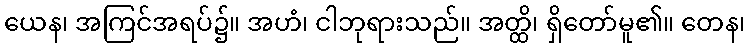
ယေန၊ အကြင်အရပ်၌။ အဟံ၊ ငါဘုရားသည်။ အတ္ထိ၊ ရှိတော်မူ၏။ တေန၊